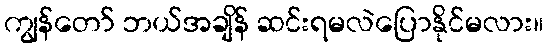
ကျွန်တော် ဘယ်အချိန် ဆင်းရမလဲပြောနိုင်မလား။